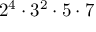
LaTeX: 2 ^ { 4 } \cdot 3 ^ { 2 } \cdot 5 \cdot 7